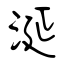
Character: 涎